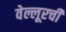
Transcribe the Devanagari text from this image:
वेल्लूरची